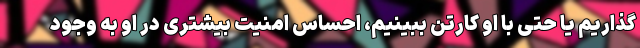
گذاریم یا حتی با او کارتن ببینیم، احساس امنیت بیشتری در او به وجود